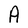
Character: A